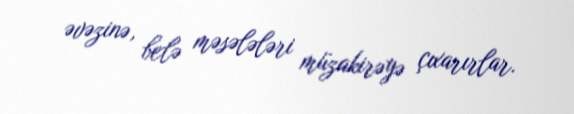
əvəzinə, belə məsələləri müzakirəyə çıxarırlar.